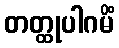
တတ္ထုပါဂမိံ